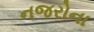
નજરોના